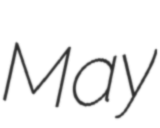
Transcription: May